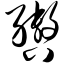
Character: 辔